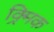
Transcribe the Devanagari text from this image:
क्र्मिक